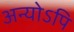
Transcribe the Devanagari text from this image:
अन्योऽपि